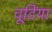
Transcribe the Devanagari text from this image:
चूटिया